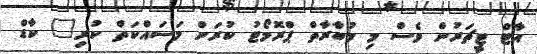
އާޓް ޓީޗަރުން ވެސް މި މުބާރާތް ޕްރޮމޯޓު ކުރަން މަސައްކަތް ކުރި" ކާޑް